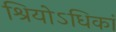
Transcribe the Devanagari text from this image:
श्रियोऽधिकां